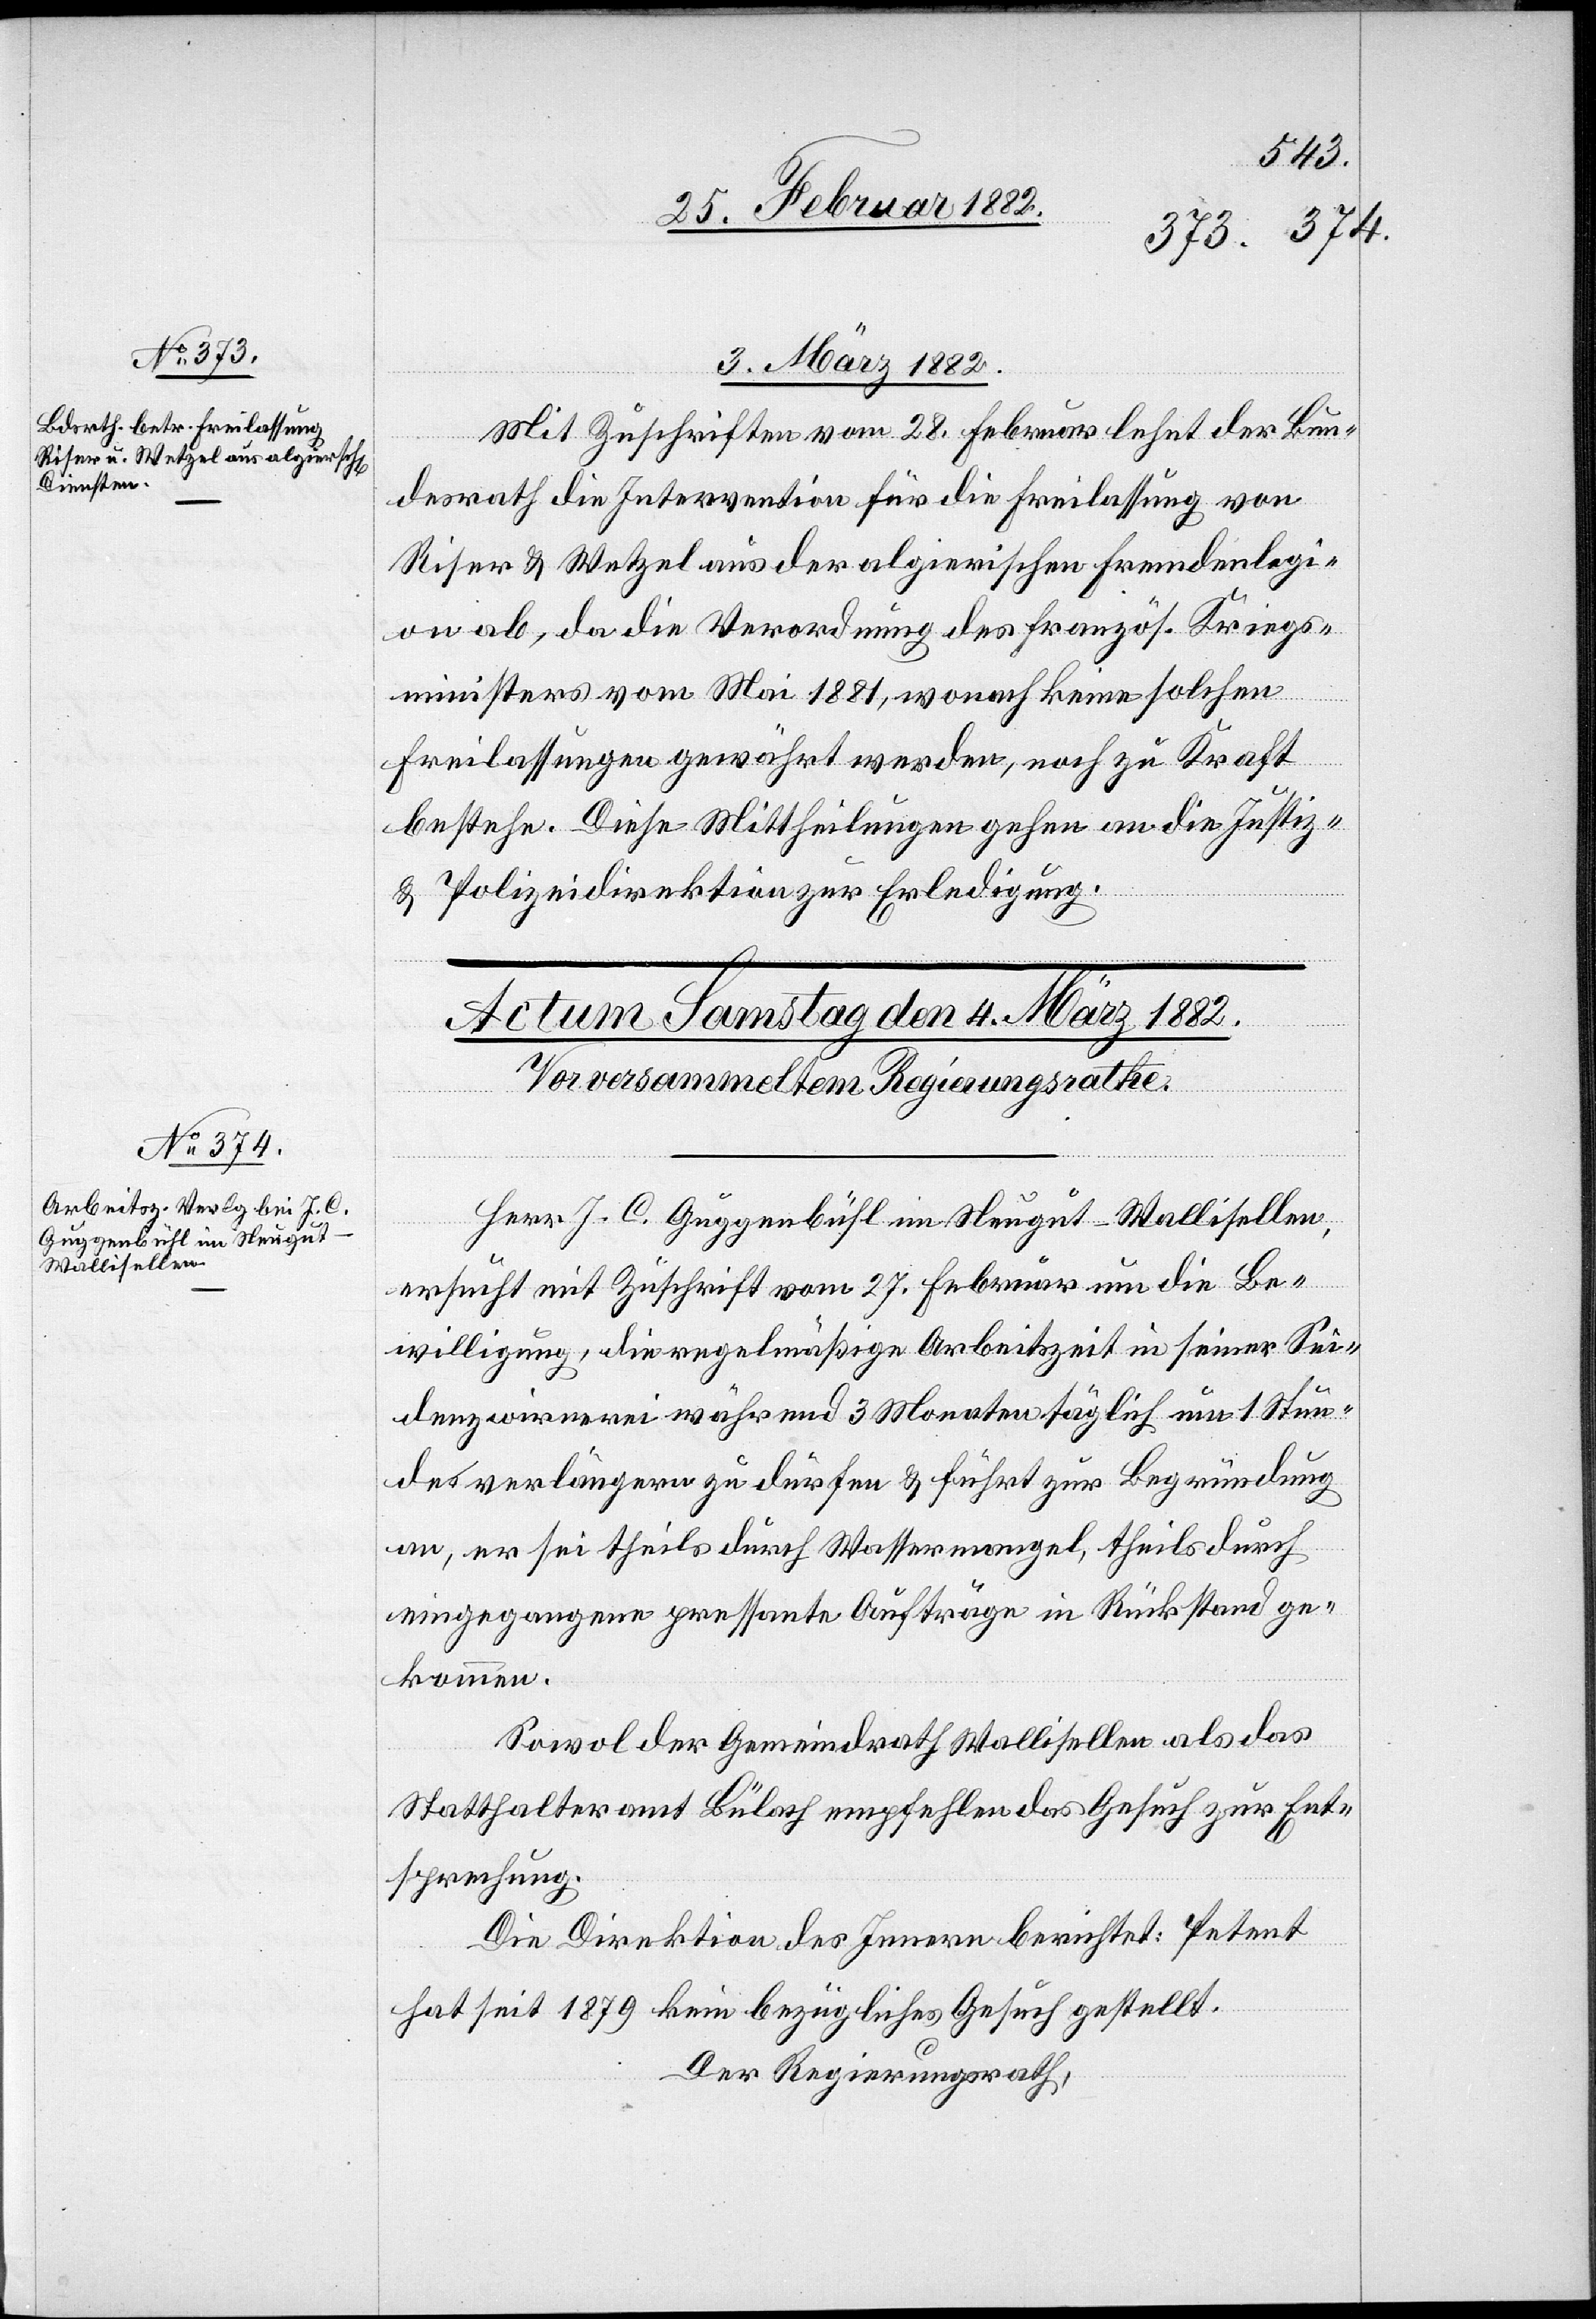
03. März 1882.
Mit Zuschriften vom 28. Februar lehnt der Bun¬
desrath die Intervention für die Freilassung von
Riser & Wetzel aus der algierischen Fremdenlegi¬
on ab, da die Verordnung des französ. Kriegs¬
ministers vom Mai 1881, wonach keine solchen
Freilassungen gewährt werden, noch zu Kraft
bestehen. Diese Mittheilungen gehen an die Justiz-
& Polizeidirektion zur Erledigung.
Herr J. C. Guggenbühl im Neugut - Wallisellen,
ersucht mit Zuschrift vom 27. Februar um die Be¬
willigung, die regelmäßige Arbeitszeit in seiner Sei¬
denzwirnerei während 3 Monaten täglich um 1 Stun¬
de verlängern zu dürfen & führt zur Begründung
an, er sei theils durch Wassermangel, theils durch
eingegangene pressante Aufträge in Rückstand ge¬
kommen.
Sowol der Gemeindrath Wallisellen als das
Statthalteramt Bülach empfehlen das Gesuch zur Ent¬
sprechung.
Die Direktion des Innern berichtet: Petent
hat seit 1879 kein bezügliches Gesuch gestellt.
Der Regierungsrath